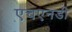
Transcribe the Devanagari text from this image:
एचएनडी